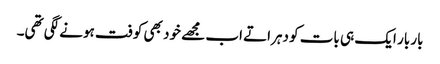
بار بار ایک ہی بات کو دہراتے اب مجھے خود بھی کوفت ہونے لگی تھی۔